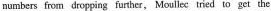
numbers from dropping īurther, Moullec tried to get the